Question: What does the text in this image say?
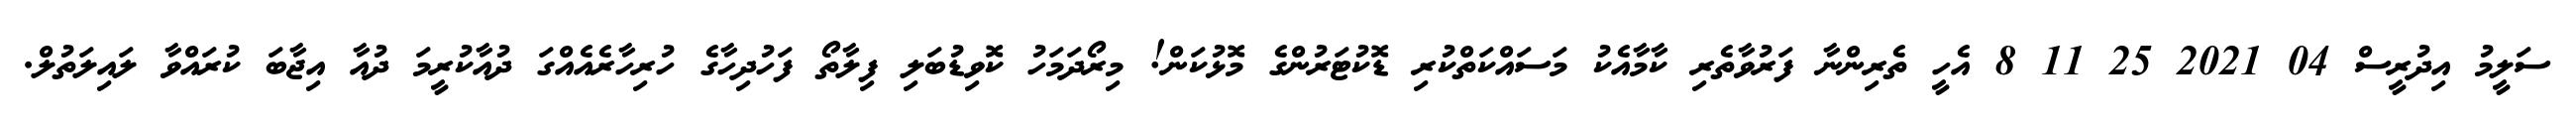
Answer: ސަލީމު އިދުރީސް 04 2021 25 11 8 އެހީ ތެރިންނާ ފަރުވާތެރި ކާމާއެކު މަސައްކަތްކުރި ޑޮކުޓަރުންގެ މޮޅުކަން! މިރޯދަމަހު ކޮވިޑުބަލި ފިލާތޯ ފަހުދިހާގެ ހުރިހާރެއެއްގަ ދުއާކުރީމަ ދުއާ އިޖާބަ ކުރައްވާ ލައިލަތުލް.